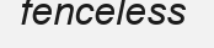
fenceless